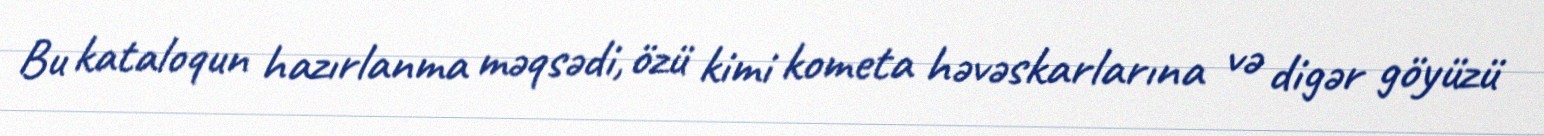
Bu kataloqun hazırlanma məqsədi, özü kimi kometa həvəskarlarına və digər göyüzü